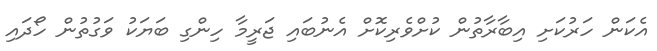
އެކަން ހަރުކަށި އިބާރާތުން ކުށްވެރިކޮށް އެނުބައި ޖަރީމާ ހިންގި ބަޔަކު ވަގުތުން ހޯދައި